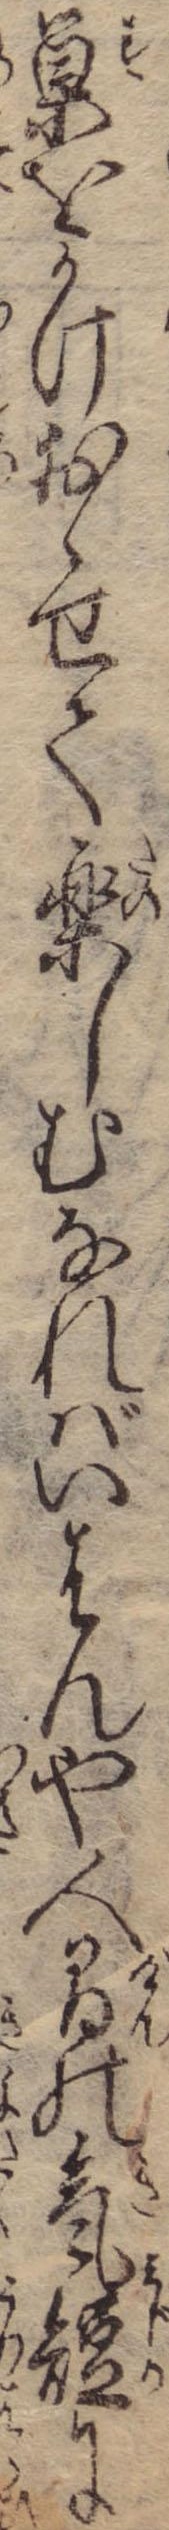
巣をかけおゝせて楽しむなればいはんや人間の気短に